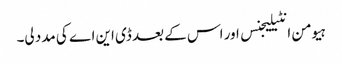
ہیومن انٹیلیجنس اور اس کے بعد ڈی این اے کی مدد لی۔